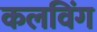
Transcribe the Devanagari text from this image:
कलविंग